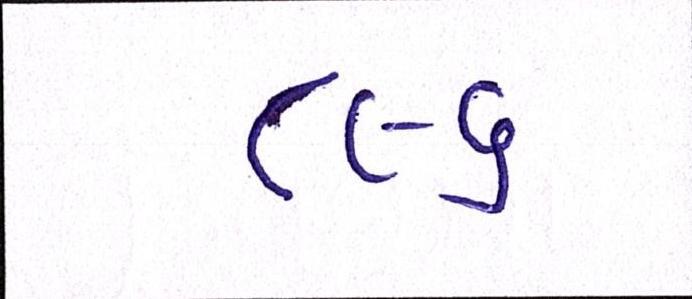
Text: ૮૯૬